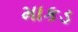
માકડ